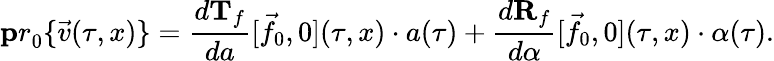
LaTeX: {\mathbf pr}_{0}\{ \vec{v}(\tau,x)\} =\frac{d{\mathbf T}_{f}}{da}[\vec{f}_{0},0](\tau,x)\cdot a(\tau)+\frac{d{\mathbf R}_{f}}{d\alpha}[\vec{f}_{0},0](\tau,x)\cdot\alpha(\tau).